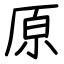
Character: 原